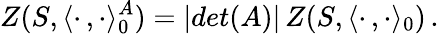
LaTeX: Z(S,\langle\cdot\, ,\cdot\rangle_{0}^{A})=|det(A)|\, Z(S,\langle\cdot\, ,\cdot\rangle_{0})\, .